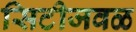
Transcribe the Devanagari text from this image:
सिटीजवळ